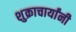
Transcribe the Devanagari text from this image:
शुक्राचार्यांनी